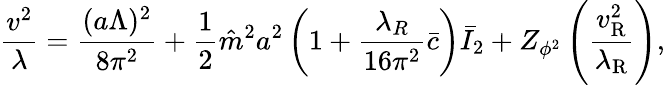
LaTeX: \frac{v^{2}}{\lambda}=\frac{(a\Lambda)^{2}}{8\pi^{2}}+\frac{1}{2}\hat{m}^{2}a^{2}\left(1+\frac{\lambda_{R}}{16\pi^{2}}\bar{c}\right)\bar{I}_{2}+Z_{\phi^{2}}\left(\frac{v_{\mathrm{R}}^{2}}{\lambda_{\mathrm{R}}}\right),